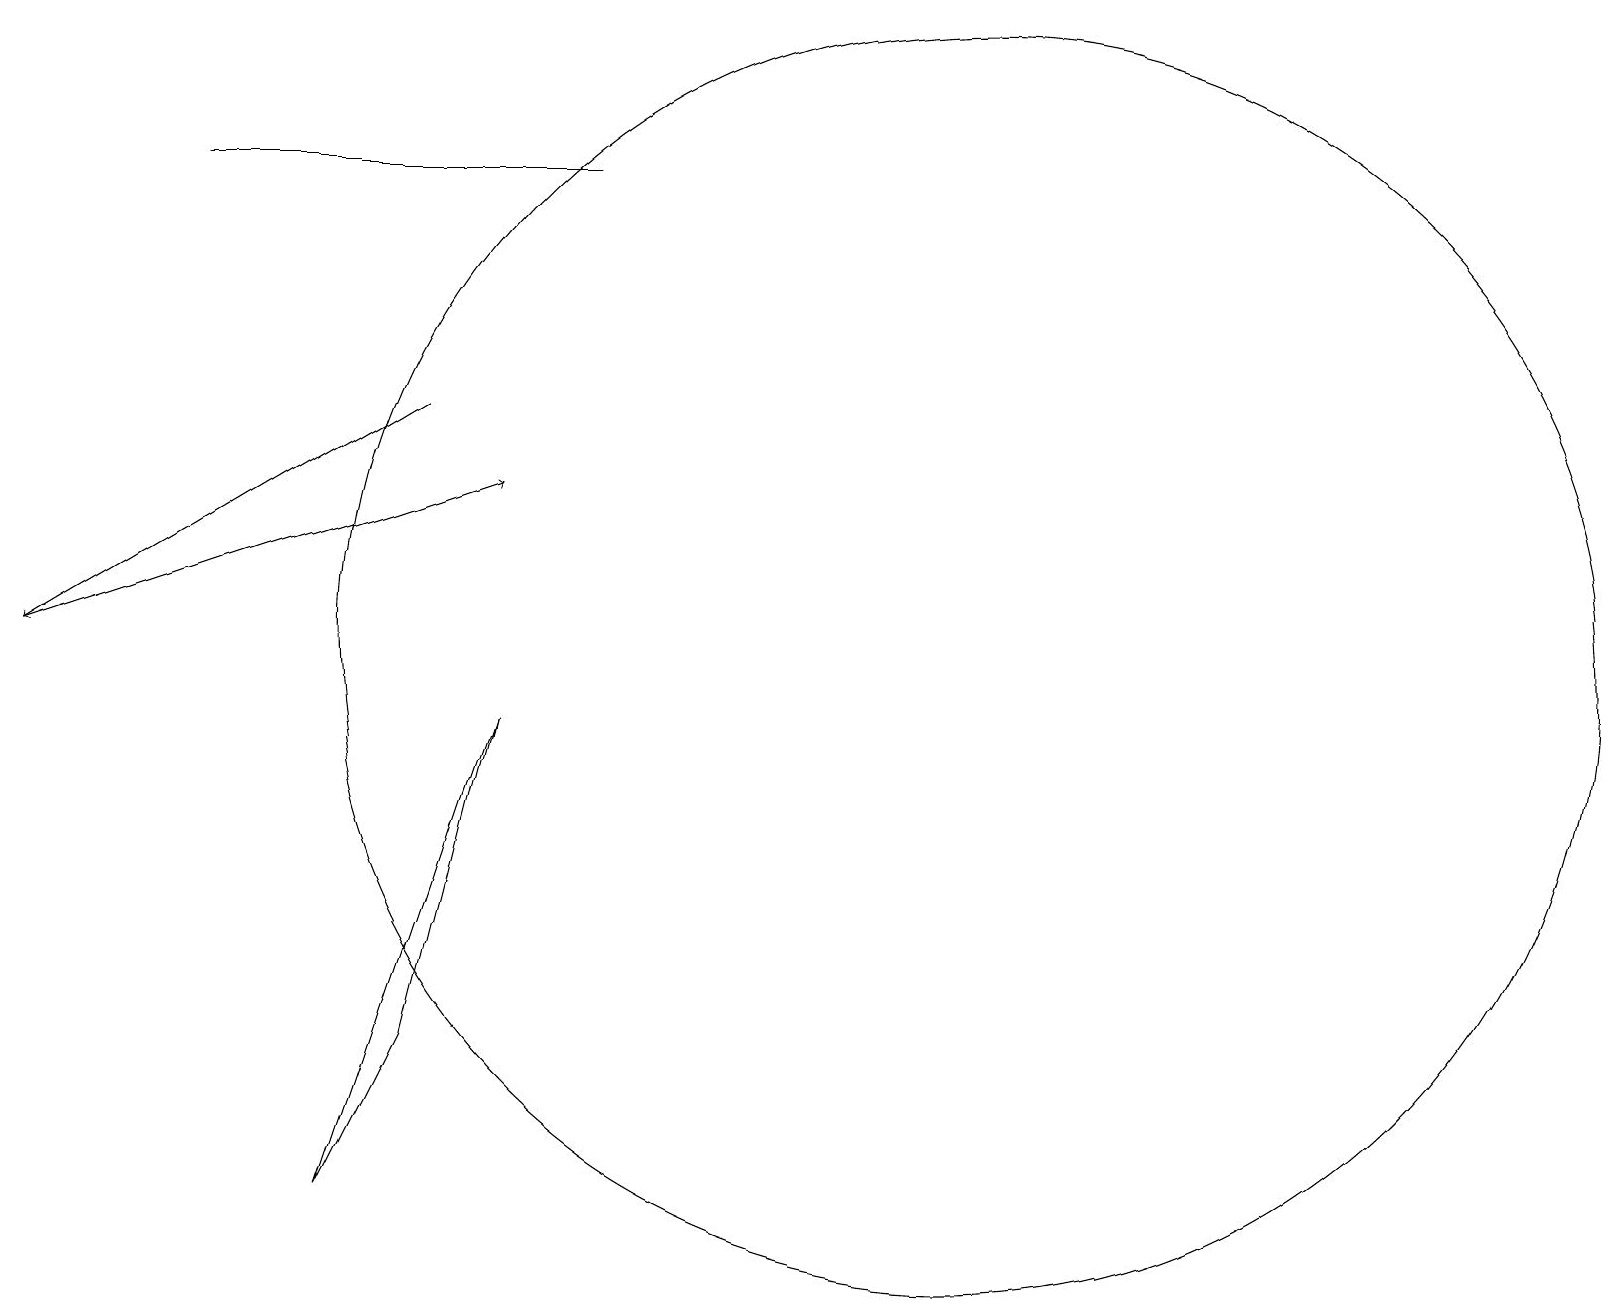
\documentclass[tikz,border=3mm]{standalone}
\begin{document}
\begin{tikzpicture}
\draw[->] (0,10) -- (6,12);
\draw[->] (5,13) -- (0,10);
\draw (12,10) circle (8);
\draw (5,5) -- (6,9) -- (4,3) -- cycle;
\draw (7,16) rectangle (2,16);
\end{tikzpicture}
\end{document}